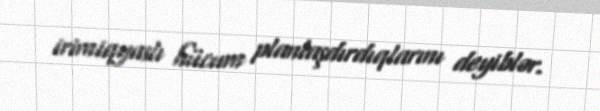
irimiqyaslı hücum planlaşdırdıqlarını deyiblər.